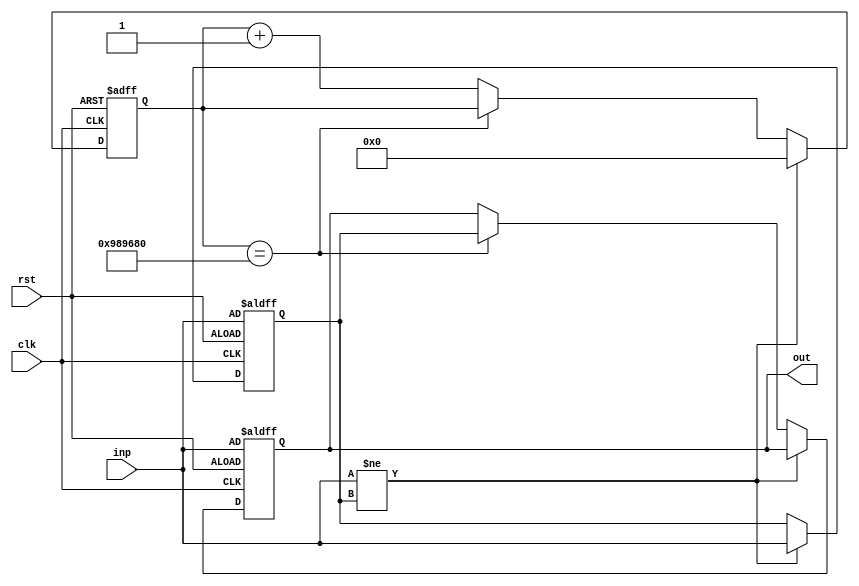
//Created by Austyn Larkin 2016
//All rights reserved

module Debouncer(rst, clk, inp, out);

//IO
input rst, clk, inp;
output reg out;
initial out = 1'b0;

//Regs
reg [31:0]counter;
reg lastInp;

initial counter = 0;
initial lastInp = 0;
initial out = 0;

always @(posedge clk or negedge rst)
begin
	if(rst == 1'b0)
	begin
		counter <= 0;
		out <= inp;
		lastInp <= inp;
	end
	else
	begin
		
		//If it changed
		if(inp != lastInp)
			begin
				//Restart our count
				counter <= 0;
				lastInp <= inp;
			end
		else
			begin
				//If it's the same input as last time
				//Increment the counter and check
				if(counter == (10_000_000))
					begin
						//Set the output.
						out <= lastInp;
						//Save the current counter value.
						counter <= counter;
					end
				else
					begin
						//Add one
						counter <= counter + 1;
					end
			end
		
	end
end

endmodule